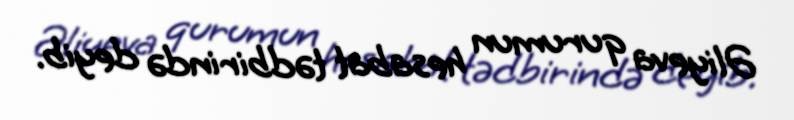
Əliyeva qurumun hesabat tədbirində deyib.